Lunatic asylums Madras 1892-1911 - 1892-1911
Year: 1892
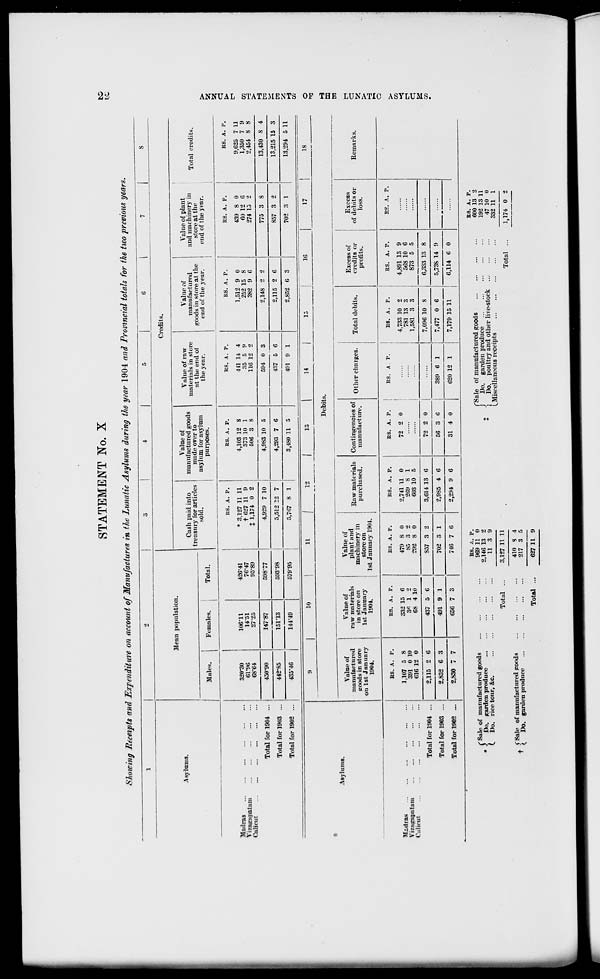
STATEMENT No. X
Showing Receipts and Expenditure on account of Manufactures in the Lunatic Asylums during the year 1904 and Provincial totals for the two previous years.
to
1
2
|
3
|
4
5
6
|
7
8
Mean population.
Credits.
Asylums.
Cash paid into
treasury for articles
sold.
Value of
manufactured goods
made over to
asylum for asylum
purposes.
Value of raw
materials in store
at the end of
the year.
Value of
manufactured
goods in store at the
end of the year.
i
Value of plant
and machinery in
Tota ,
dit
store at the
end of the year.
|
!
Males.
Females.
Total.
Madras
Yizasrapalani
Calicut
320*30
61*96
68*64
106-11
14*51
27-25
426-41
76-47
95-89
RS. A. P.
* 3,127 11 11
t 627 11 9
% 1,174 0 2
RS. A. p.
4,103 12 8
373 10 1
506 3 8
HS. A. P.
441 14 4
35 5 9
116 12 2
RS. A. P.
1,512 9 0
252 15 8
382 9 6
f
ES. A. P.
439 8 0
60 12 6
274 15 2
RS. A. P.
9,625 7 11
1,350 7 9
2,454 8 8
Total for 1904 ...
450-90
147-87
598-77
4,929 7 10
4,983 10 5
594 0 3
2,148 2 2
775 3 8
13,430 8 4
Total for 1903 ...
442-85
15113
593-98
i
5,512 12 7
4,293 7 6
437 5 6
2,115 2 6
857 3 2
13,215 15 3
Total for 1902 ...
435-46
144*49
579-95
5,707 8 1
1
3,480 11 5
491 9 1
2,852 6 3
702 3 1
13,294 5 11
it
10
11
12
13
14
j
15
16
17
18
•
Debits.
Asylums.
Value of
manufactured
(roods in store
on 1st January
1904.
Value of
raw materials
in store on
1st January
1904.
Value of
plant and
machinery in
store on
1st January 1904.
Raw materials
purchased.
Contingencies of
manufacture.
Other charges.
Total debits.
Excess of
credits or
profits.
Excess
of debits or
loss.
Remarks.
Madras
Vizajnipatum
Calient
HS. A. P.
1,107 5 8
391 0 10
616 12 0
RS. A. P.
332 15 6
3« 1 2
68 4 10
BS. A. P.
479 8 0
85 3 2
292 8 0
RS. A. P.
2,741 11 0
269 8 1
603 10 5
BS. A. P.
RS. A P.
72 2 0
BS. A. P.
4.733 10 2
781 13 3
1,581 3 3
BS. A. P.
4,891 13 9
568 10 6
873 5 5
E2. A. P.
Total for 1904 ...
2,115 2 6
437 5 6
857 3 2
3,614 13 0
72 2 0
7,096 10 S
6,333 13 8
Total for 1903 ...
2,852 6 3
491 9 1
702 3 1
2,985 4 6
56 3 6
389 6 1
7,477 0 6
5.73S 14 9
Total for 1902 ...
2,830 7 7
650 7 3
746 7 0
2,294 9 6
31 4 0
620 12 1
7,179 15 11
6,114 6 0
C Sale of manufactured goods
* \
Do. garden produce
(. Do. rice tour, &c.
. $ Sale of manufactured goods
* (. Do. garden produce
BS. k. P.
969 11 0
2,146 13 2
11 3 9
Total
Total ...
3,127 11 11
410 8
217 3
4
5
627 11 9
("Sale of manufactured goods
j
Do. garden produce
j
Do. poultry and other live-stock
(^Miscellaneous receipts
Total
BS. A. P.
600 13 2
192 13 11
47 10 0
332 11 1
1.174 0 2
>
tf
f
DO
>
fc-3
•a,
H
©
*a
=
S3
Q
>
tr 1
CO